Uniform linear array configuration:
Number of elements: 24
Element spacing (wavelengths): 0.25
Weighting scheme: blackman
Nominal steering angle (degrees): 60
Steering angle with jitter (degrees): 58.916
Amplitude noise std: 0.05
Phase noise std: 0.05

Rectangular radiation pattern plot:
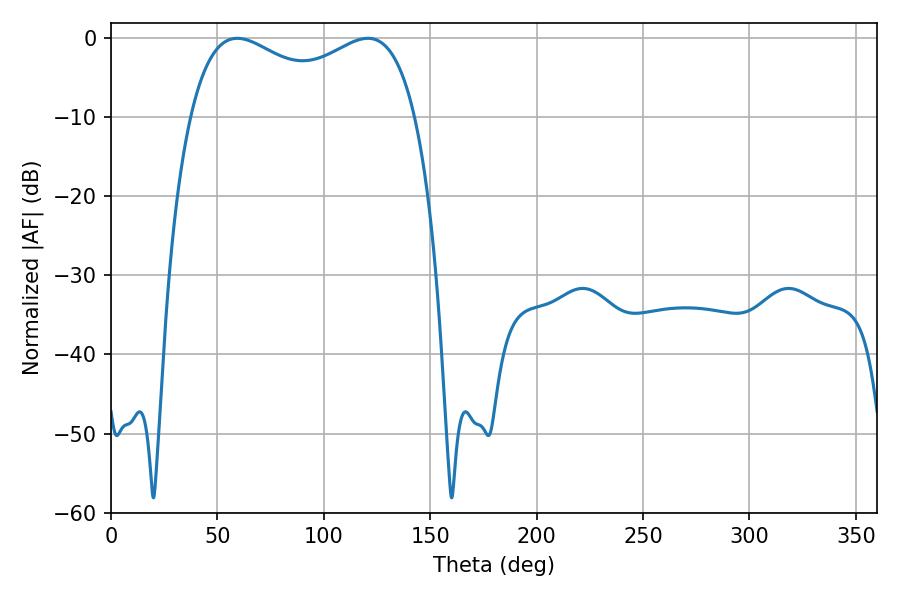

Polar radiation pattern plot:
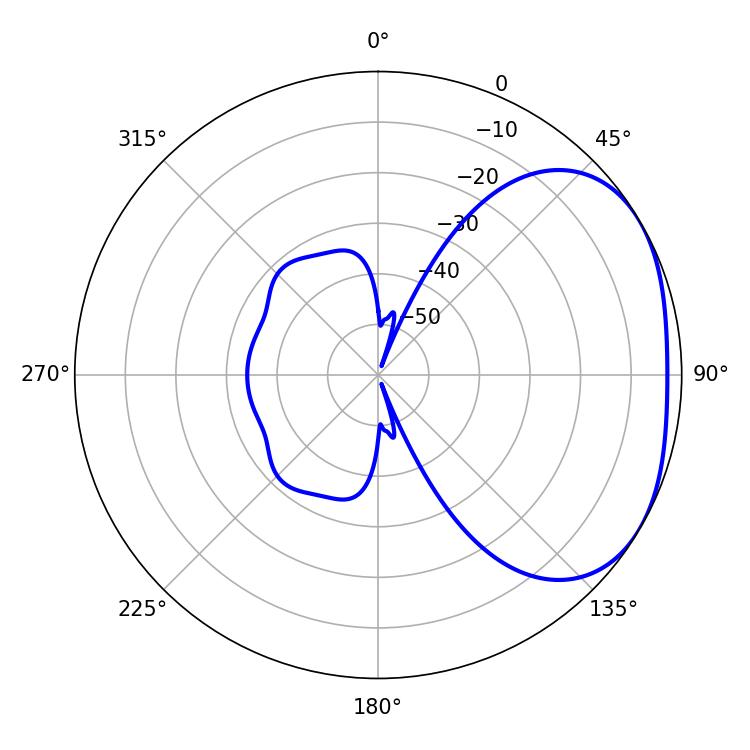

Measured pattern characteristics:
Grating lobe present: FALSE
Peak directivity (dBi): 2.576
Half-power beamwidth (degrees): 88.2
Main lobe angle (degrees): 59.4